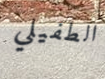
الطفيلي